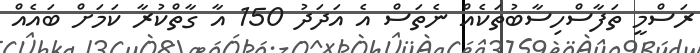
ރަސްމީ ތަފާސްހިސާބުތަކެއް ނެތަސް އެ އަދަދު 150 އާ ގާތްކުރާ ކަމަށް ބައެއް